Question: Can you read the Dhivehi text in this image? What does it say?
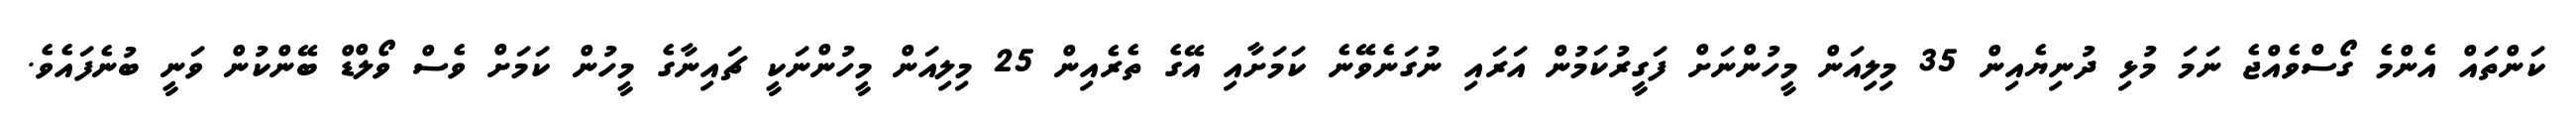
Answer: ކަންތަައް އެންމެ ގޯސްވެއްޖެ ނަމަ މުޅި ދުނިޔެއިން 35 މިލިއަން މީހުންނަށް ފަގީރުކަމުން އަރައި ނުގަނެވޭނެ ކަމަށާއި އޭގެ ތެރެއިން 25 މިލިއަން މީހުންނަކީ ޗައިނާގެ މީހުން ކަމަށް ވެސް ވޯލްޑް ބޭންކުން ވަނީ ބުނެފައެވެ.